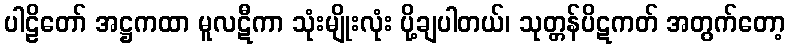
ပါဠိတော် အဋ္ဌကထာ မူလဋီကာ သုံးမျိုးလုံး ပို့ချပါတယ်၊ သုတ္တန်ပိဋကတ် အတွက်တော့